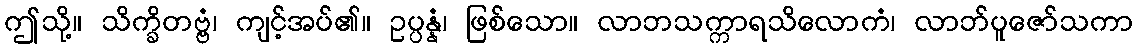
ဤသို့။ သိက္ခိတဗ္ဗံ၊ ကျင့်အပ်၏။ ဥပ္ပန္နံ၊ ဖြစ်သော။ လာဘသက္ကာရသိလောကံ၊ လာဘ်ပူဇော်သကာ